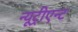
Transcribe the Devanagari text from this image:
न्यूट्रीएन्ट